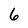
Character: 6